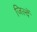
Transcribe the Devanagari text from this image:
जिल्दें